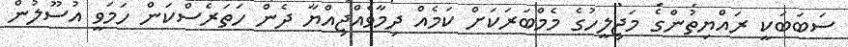
ސަބަބަކީ ރައްޔިތުންގެ މަޖިލީހުގެ މެމްބަރަކަށް ކަމެއް ދިމާވެއްޖިއްޔާ ދެން ހަތަރެސްކަން ހަމަވީ އުސޫލުން